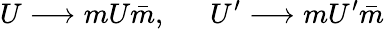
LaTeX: U\longrightarrow mU\bar{m},~~~~~~U^{\prime}\longrightarrow mU^{\prime}\bar{m}